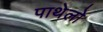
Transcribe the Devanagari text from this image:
पाथेलो